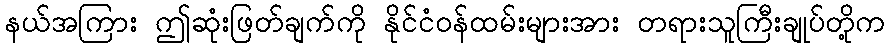
နယ်အကြား ဤဆုံးဖြတ်ချက်ကို နိုင်ငံဝန်ထမ်းများအား တရားသူကြီးချုပ်တို့က